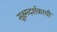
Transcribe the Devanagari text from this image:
सूक्ष्मदर्शकाची